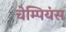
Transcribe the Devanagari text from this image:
चेम्पियंस